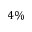
4 \%